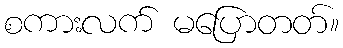
စကားလက် မပြောတတ်။